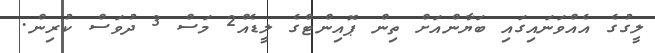
ލީގުގެ އެއްވަނައިގައި ބަޔާންއަށް ތިން ޕޮއިންޓްގެ ލީޑެއް2 މަސް 3 ދުވަސް ކުރިން.